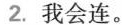
2.我会连。